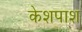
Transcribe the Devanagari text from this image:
केशपाश